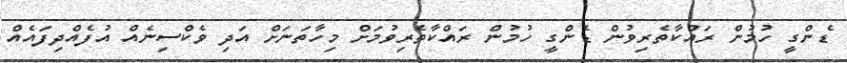
ޑެންގީ ހުމުން ރައްކާތެރިވުން ޑެންގީ ހުމުން ރައްކާތެރިވުމަށް މިހާތަނަށް އަދި ވެކްސިނެއް އުފެއްދިފައެއް